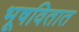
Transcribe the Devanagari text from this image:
भूषवितात